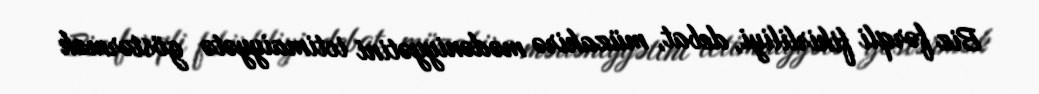
Biz fərqli fikirliliyi, debat, müzakirə mədəniyyətini ictimaiyyətə göstərmək